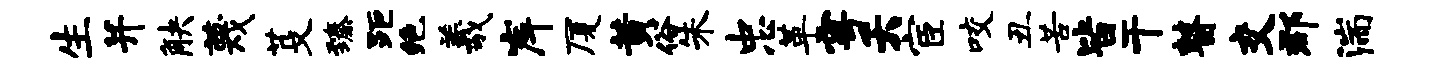
生并觖蔑芟臻距绝羲岸厦黄俗朱忠革雩夭宦咬丑苦皆干瞽交郡湍